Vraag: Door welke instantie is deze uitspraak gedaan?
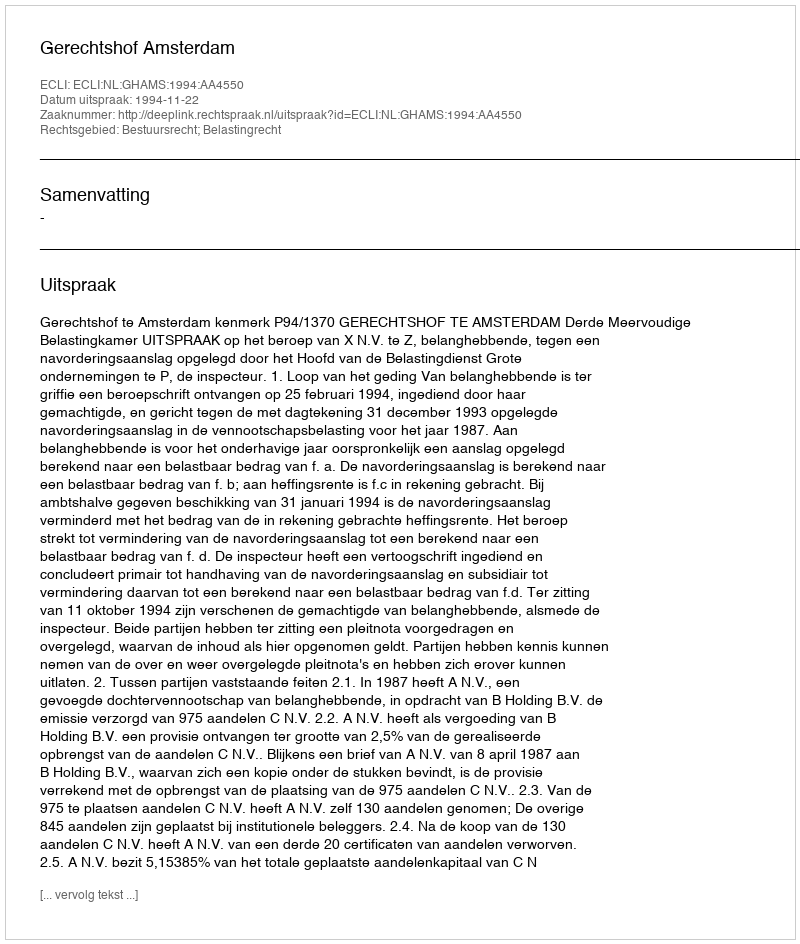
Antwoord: Gerechtshof Amsterdam